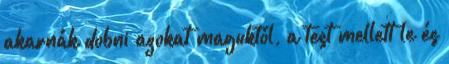
akarnák dobni azokat maguktól, a test mellett le és